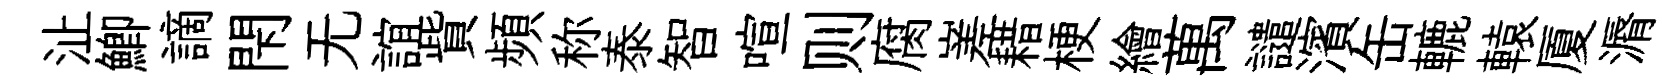
沚鯽謫閇无誼貲頻称泰智喧则腐嵳耤梗繪萬譴濱缶轆轅厦漘